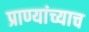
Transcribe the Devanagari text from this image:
प्राण्यांच्याच